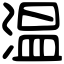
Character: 温